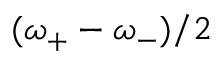
( \omega _ { + } - \omega _ { - } ) / 2